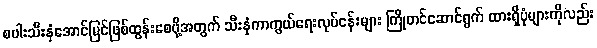
စပါးသီးနှံအောင်မြင်ဖြစ်ထွန်းစေဖို့အတွက် သီးနှံကာကွယ်ရေးလုပ်ငန်းများ ကြိုတင်ဆောင်ရွက် ထားရှိပုံများကိုလည်း